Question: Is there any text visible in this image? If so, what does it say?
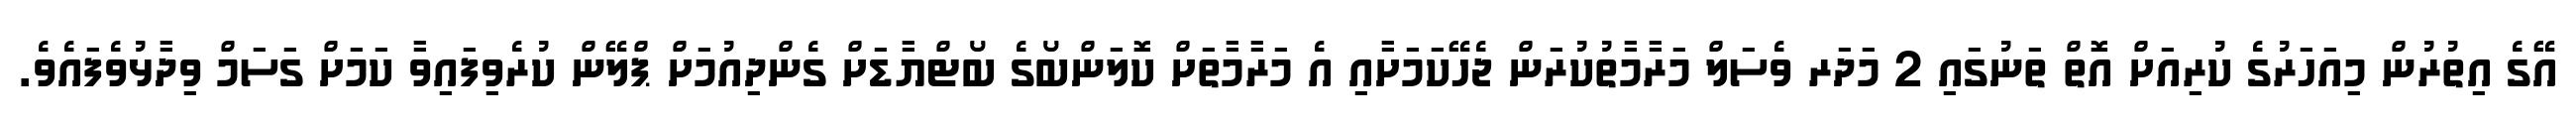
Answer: އޭގެ އިތުރުން މިއަހަރުގެ ކުރިއަށް އޮތް ތަނުގައި 2 މަދަރ ވެސަލް މަރާމާތުކުރަން ޖެހޭކަމަށާއި އެ މަރާމާތަށް ކޮލަންބޯގެ ބޯޓްޔާޑަށް ގެންދިއުމަށް ޕްލޭން ކުރެވިފައިވާ ކަމަށް ގަސަމް ވިދާޅުވެފައެވެ.